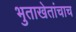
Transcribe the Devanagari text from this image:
भुताखेतांचाच